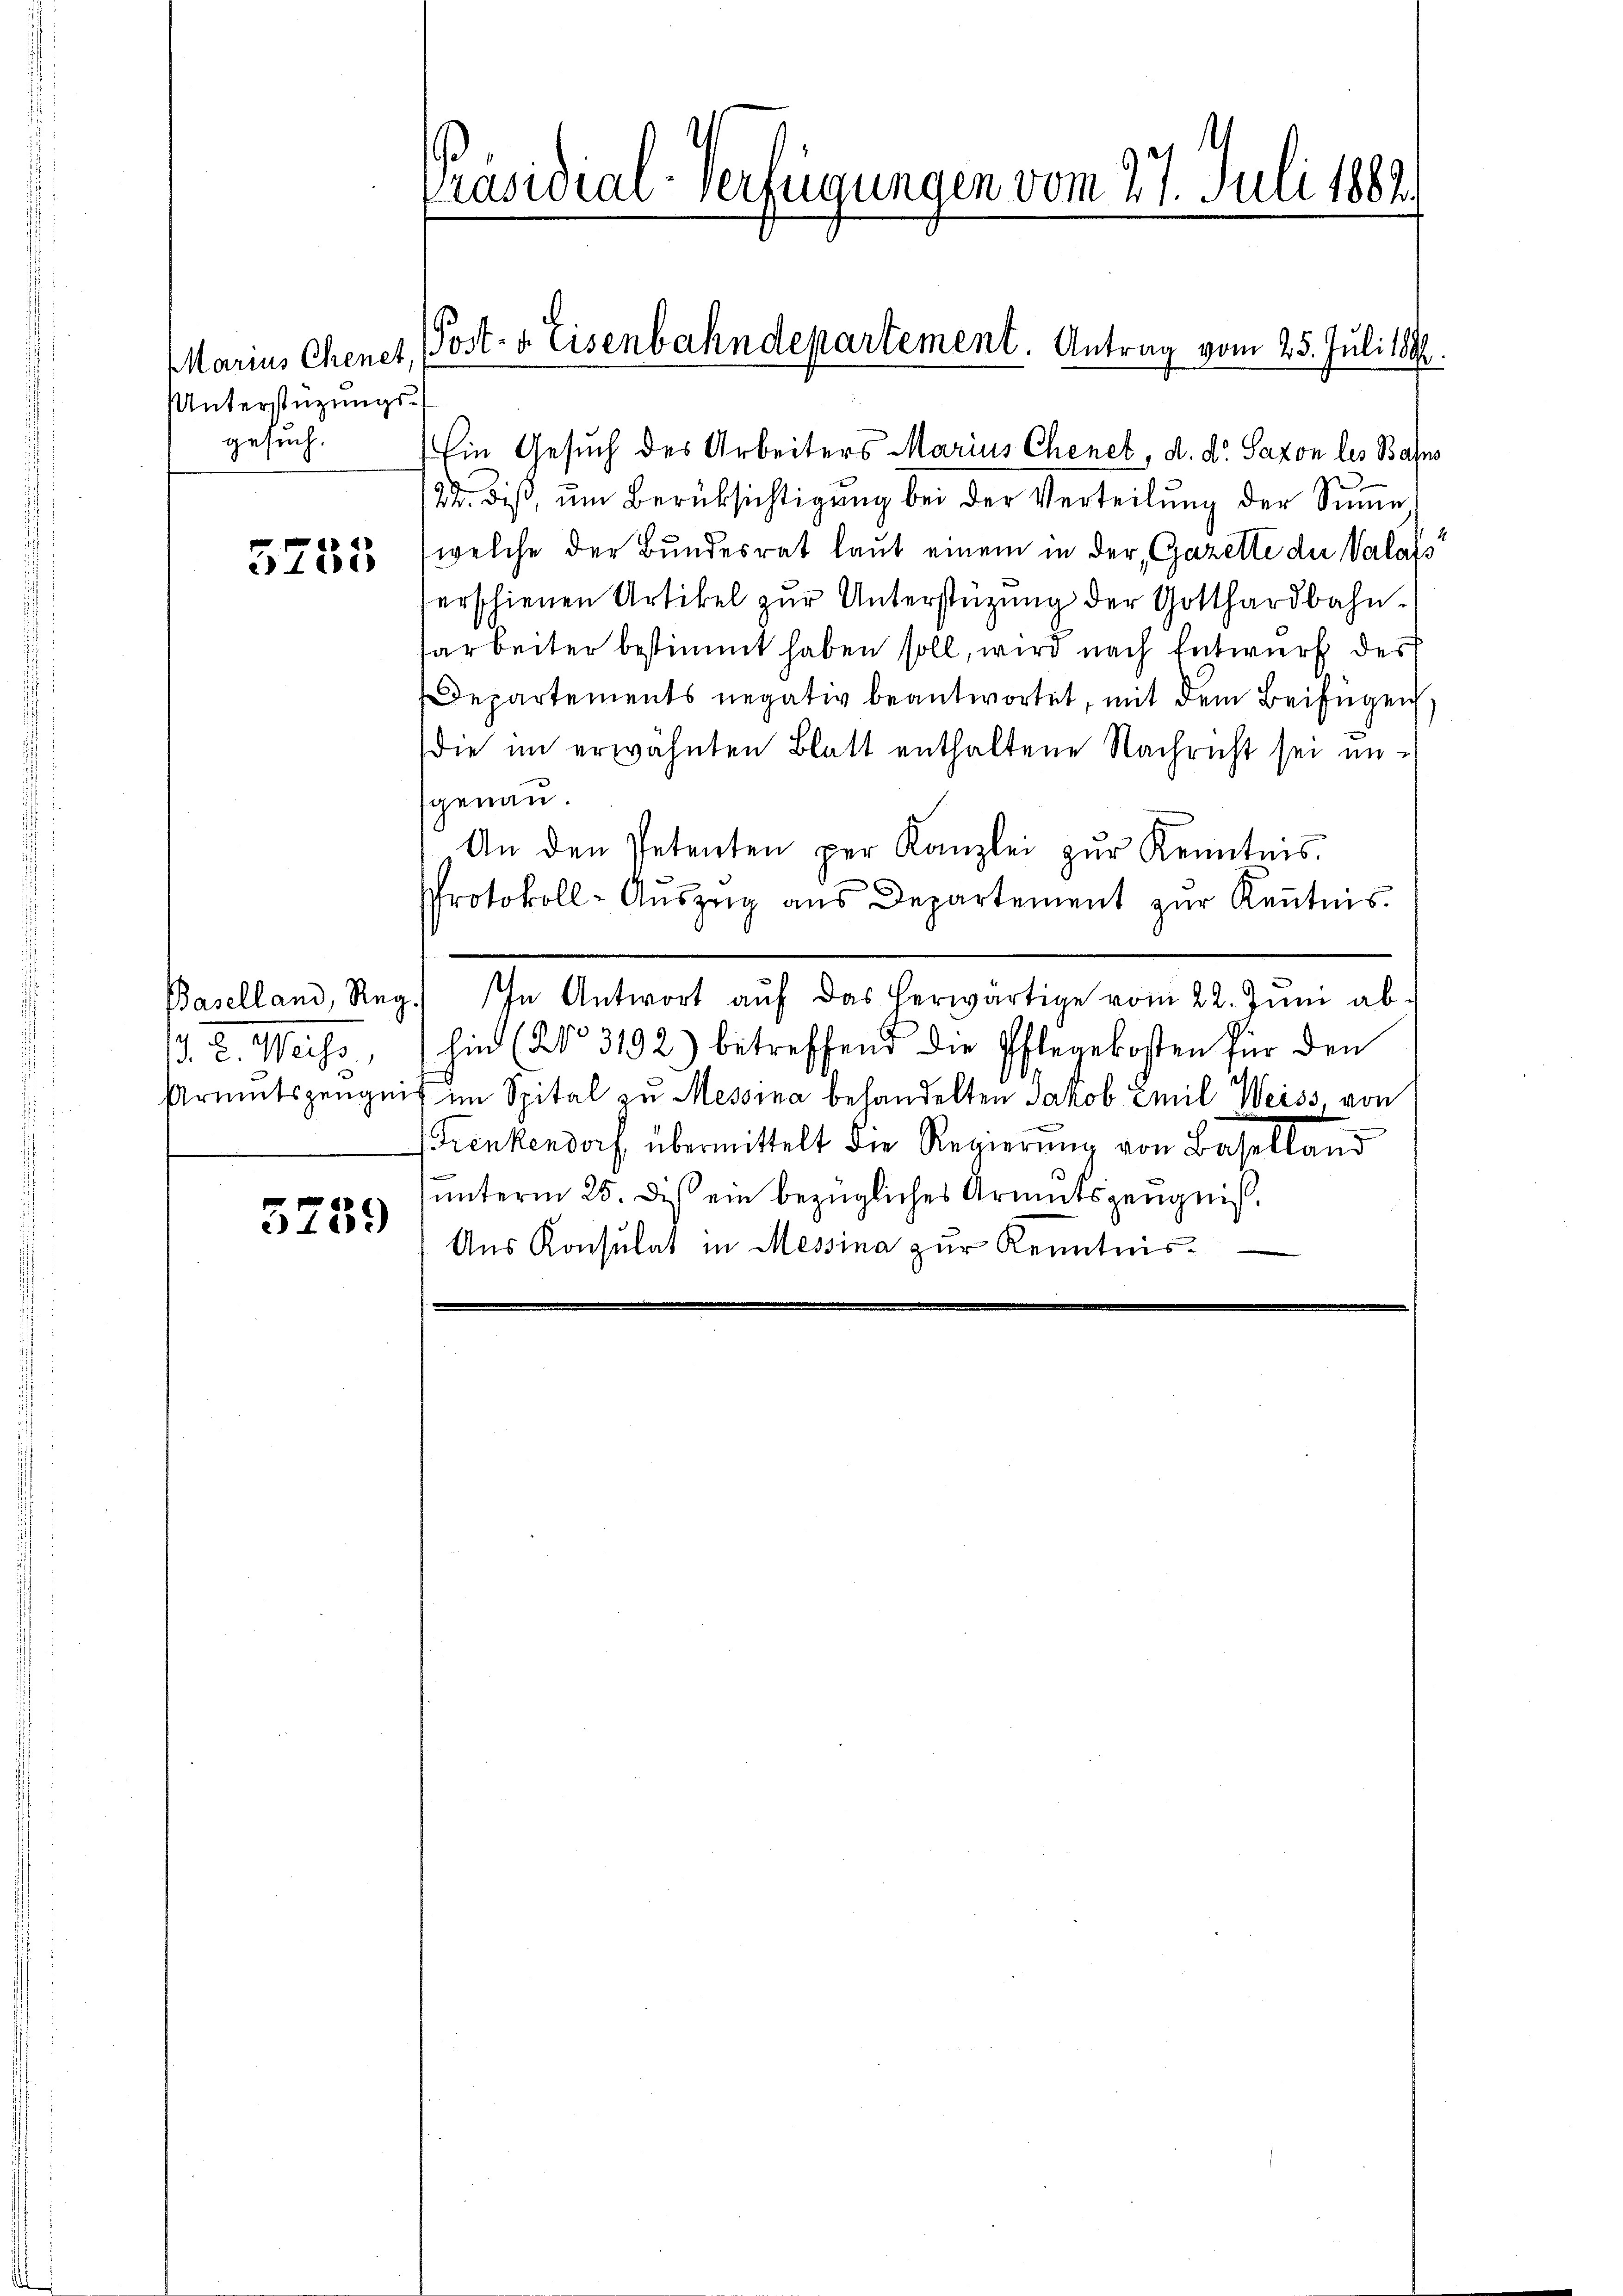
Marius Chenet,
UUnterstützungsgesuch.

5755

. 2. Mag.

5759

Ein Gesuch des Arbeiters Marius Chenes, d. d. Saxon les Bahns
24. dieß, um Berüksichtigung bei der Verteilung der Summe
(welche der Bundesrat laut einem in der Gazette der Valass
verschienen Artikel zur Unterstützung der Gotthardbahnarbeiter bestimmt haben soll, wird nach Entwurf des
Departements negativ beantwortet, mit dem Beifügen.
die im erwähnten Blatt enthaltene Nachricht sei ungenau.
An den Petenten per Kanzlei zŭr Kenntnis.
Protokoll-Auszug aus Departement zur Kenntnis.
Baselland, Reg. In Antwort aŭf das herwärtige vom 22. Juni abhin (20° 3192) betreffend die Pflegekosten für den
Armutszeugnis im Spital zu Messina behandelten Jakob Emil Weiss, von
renkendorf übermittelt die Regierŭng von Baselland
unterm 25. des ein bezügliches Armutszeugniß.
Aŭs Konsulat in Messina zŭr Kenntnis.

Präsidial-Verfügungen vom 27. Juli 1882

(Post- u. Eisenbahndepartement. Antrag vom 25. Juli 1888.